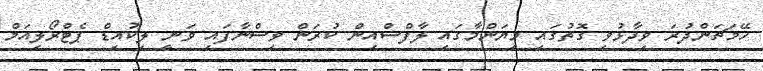
ހޭމަޗަންދުރަ ވިދާޅުވި ގޮތުގައި މިޔަންމާގައި ލާފްސްއިން ކުރަން ވިސްނާފައި ވަނީ ލިކުއިޑް ޕެޓްރޯލިއަމް